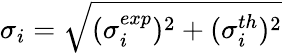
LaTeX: \sigma_{i}=\sqrt{(\sigma_{i}^{exp})^{2}+(\sigma_{i}^{th})^{2}}